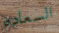
السعاده